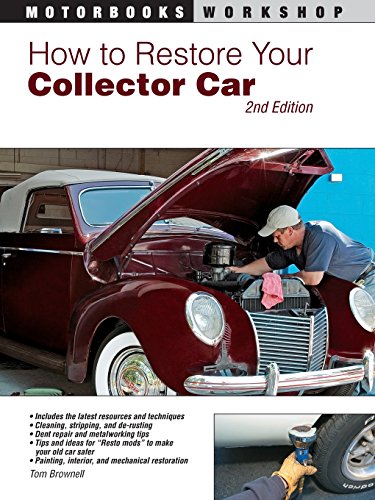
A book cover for How to Restore Your Collector Car: 2nd Edition (Motorbooks Workshop); Jason Scott; Crafts, Hobbies & Home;